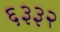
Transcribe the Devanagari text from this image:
६३३२